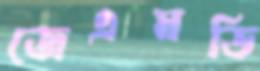
জেএমডি